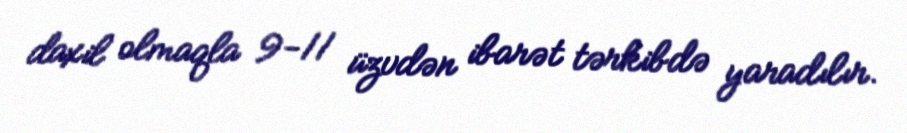
daxil olmaqla 9-11 üzvdən ibarət tərkibdə yaradılır.